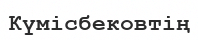
Күмісбековтің